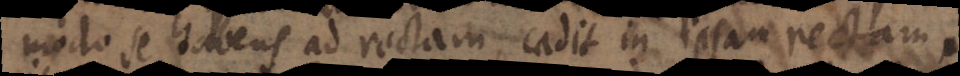
modo se habens ad rectam, cadit in ipsam rectam